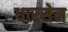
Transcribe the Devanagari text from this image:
धारसेन